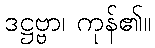
ဒဋ္ဌဗ္ဗာ၊ ကုန်၏။